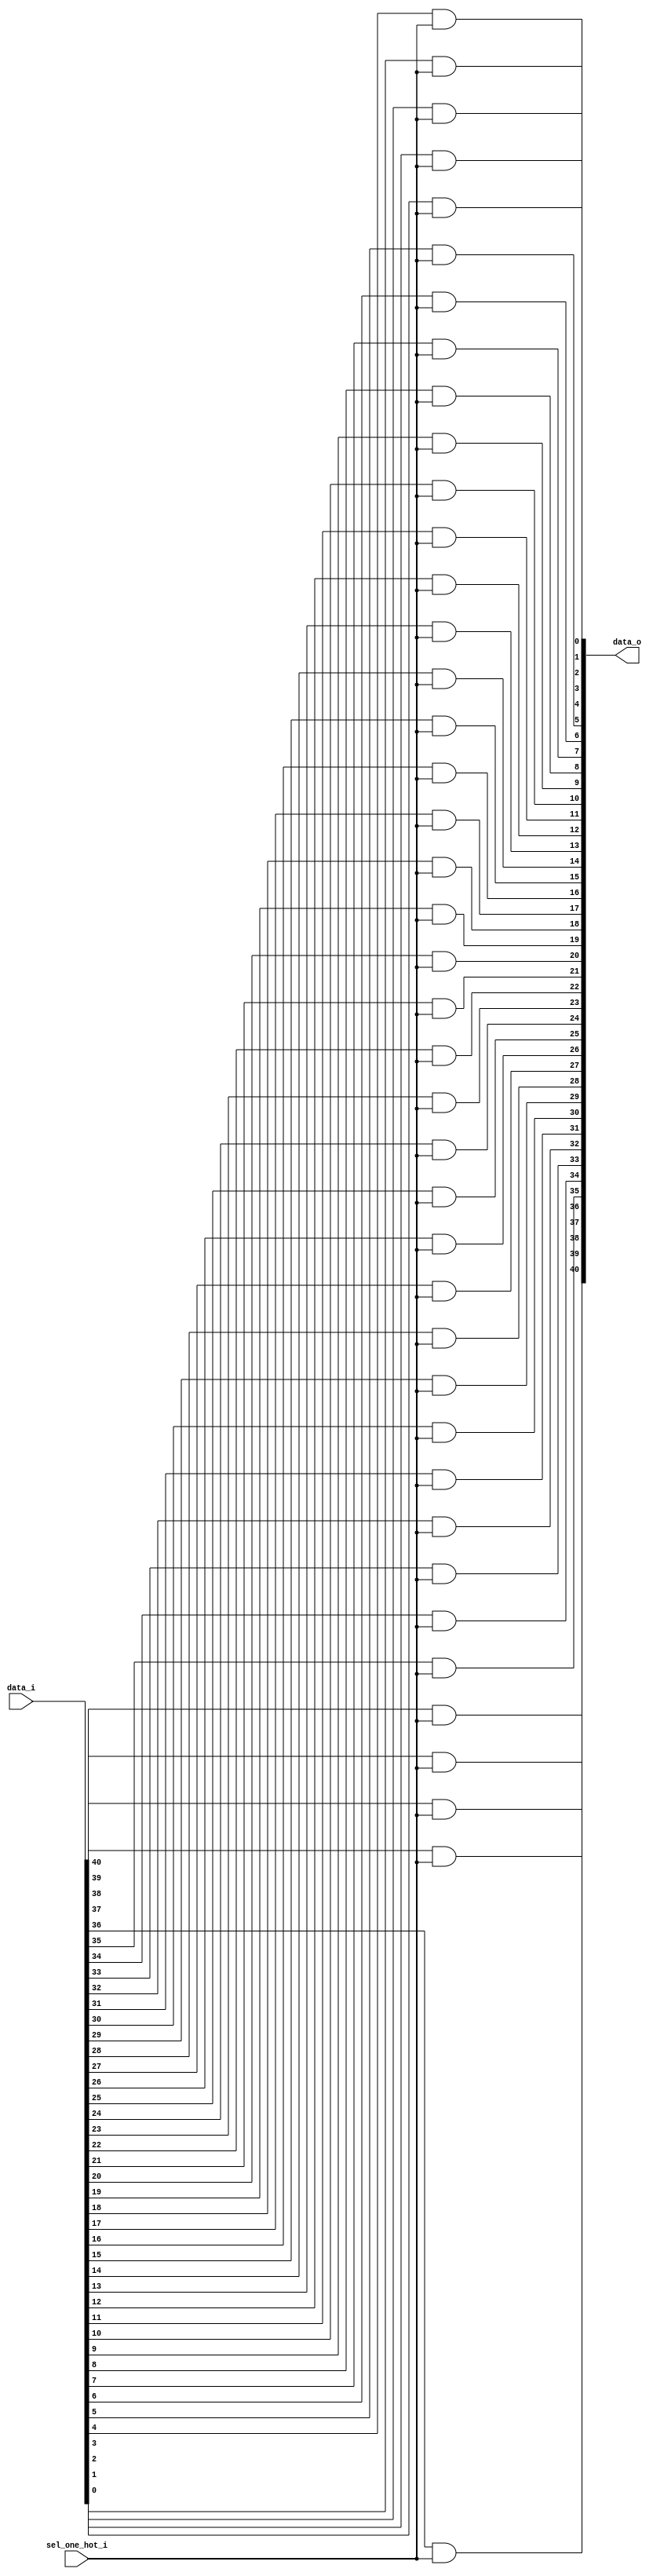
// This program was cloned from: https://github.com/NYU-MLDA/OpenABC
// License: BSD 3-Clause "New" or "Revised" License

module bsg_mux_one_hot_width_p41_els_p1
(
  data_i,
  sel_one_hot_i,
  data_o
);

  input [40:0] data_i;
  input [0:0] sel_one_hot_i;
  output [40:0] data_o;
  wire [40:0] data_o;
  assign data_o[40] = data_i[40] & sel_one_hot_i[0];
  assign data_o[39] = data_i[39] & sel_one_hot_i[0];
  assign data_o[38] = data_i[38] & sel_one_hot_i[0];
  assign data_o[37] = data_i[37] & sel_one_hot_i[0];
  assign data_o[36] = data_i[36] & sel_one_hot_i[0];
  assign data_o[35] = data_i[35] & sel_one_hot_i[0];
  assign data_o[34] = data_i[34] & sel_one_hot_i[0];
  assign data_o[33] = data_i[33] & sel_one_hot_i[0];
  assign data_o[32] = data_i[32] & sel_one_hot_i[0];
  assign data_o[31] = data_i[31] & sel_one_hot_i[0];
  assign data_o[30] = data_i[30] & sel_one_hot_i[0];
  assign data_o[29] = data_i[29] & sel_one_hot_i[0];
  assign data_o[28] = data_i[28] & sel_one_hot_i[0];
  assign data_o[27] = data_i[27] & sel_one_hot_i[0];
  assign data_o[26] = data_i[26] & sel_one_hot_i[0];
  assign data_o[25] = data_i[25] & sel_one_hot_i[0];
  assign data_o[24] = data_i[24] & sel_one_hot_i[0];
  assign data_o[23] = data_i[23] & sel_one_hot_i[0];
  assign data_o[22] = data_i[22] & sel_one_hot_i[0];
  assign data_o[21] = data_i[21] & sel_one_hot_i[0];
  assign data_o[20] = data_i[20] & sel_one_hot_i[0];
  assign data_o[19] = data_i[19] & sel_one_hot_i[0];
  assign data_o[18] = data_i[18] & sel_one_hot_i[0];
  assign data_o[17] = data_i[17] & sel_one_hot_i[0];
  assign data_o[16] = data_i[16] & sel_one_hot_i[0];
  assign data_o[15] = data_i[15] & sel_one_hot_i[0];
  assign data_o[14] = data_i[14] & sel_one_hot_i[0];
  assign data_o[13] = data_i[13] & sel_one_hot_i[0];
  assign data_o[12] = data_i[12] & sel_one_hot_i[0];
  assign data_o[11] = data_i[11] & sel_one_hot_i[0];
  assign data_o[10] = data_i[10] & sel_one_hot_i[0];
  assign data_o[9] = data_i[9] & sel_one_hot_i[0];
  assign data_o[8] = data_i[8] & sel_one_hot_i[0];
  assign data_o[7] = data_i[7] & sel_one_hot_i[0];
  assign data_o[6] = data_i[6] & sel_one_hot_i[0];
  assign data_o[5] = data_i[5] & sel_one_hot_i[0];
  assign data_o[4] = data_i[4] & sel_one_hot_i[0];
  assign data_o[3] = data_i[3] & sel_one_hot_i[0];
  assign data_o[2] = data_i[2] & sel_one_hot_i[0];
  assign data_o[1] = data_i[1] & sel_one_hot_i[0];
  assign data_o[0] = data_i[0] & sel_one_hot_i[0];

endmodule